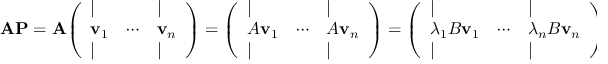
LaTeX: \mathbf { A } \mathbf { P } = \mathbf { A } { \left( \begin{array} { l l l } { | } & { } & { | } \\ { \mathbf { v } _ { 1 } } & { \cdots } & { \mathbf { v } _ { n } } \\ { | } & { } & { | } \end{array} \right) } = { \left( \begin{array} { l l l } { | } & { } & { | } \\ { A \mathbf { v } _ { 1 } } & { \cdots } & { A \mathbf { v } _ { n } } \\ { | } & { } & { | } \end{array} \right) } = { \left( \begin{array} { l l l } { | } & { } & { | } \\ { \lambda _ { 1 } B \mathbf { v } _ { 1 } } & { \cdots } & { \lambda _ { n } B \mathbf { v } _ { n } } \\ { | } & { } & { | } \end{array} \right) } = { \left( \begin{array} { l l l } { | } & { } & { | } \\ { B \mathbf { v } _ { 1 } } & { \cdots } & { B \mathbf { v } _ { n } } \\ { | } & { } & { | } \end{array} \right) } \mathbf { D } = \mathbf { B } \mathbf { P } \mathbf { D }